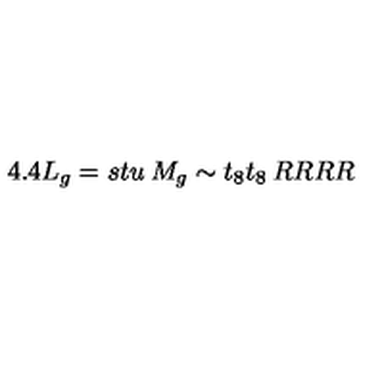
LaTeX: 4 . 4 L _ { g } = s t u \: M _ { g } \sim t _ { 8 } t _ { 8 } \: R R R R